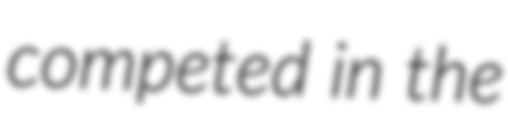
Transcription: competed in the